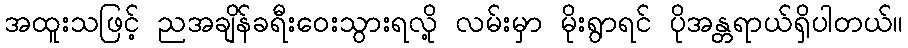
အထူးသဖြင့် ညအချိန်ခရီးဝေးသွားရလို့ လမ်းမှာ မိုးရွာရင် ပိုအန္တရာယ်ရှိပါတယ်။